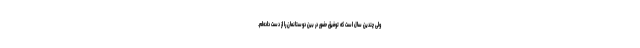
ولی چندین سال است که توفیق حضور در بین دوستانمان را از دست داده‌ام.